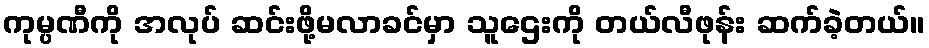
ကုမ္ပဏီကို အလုပ် ဆင်းဖို့မလာခင်မှာ သူဌေးကို တယ်လီဖုန်း ဆက်ခဲ့တယ်။